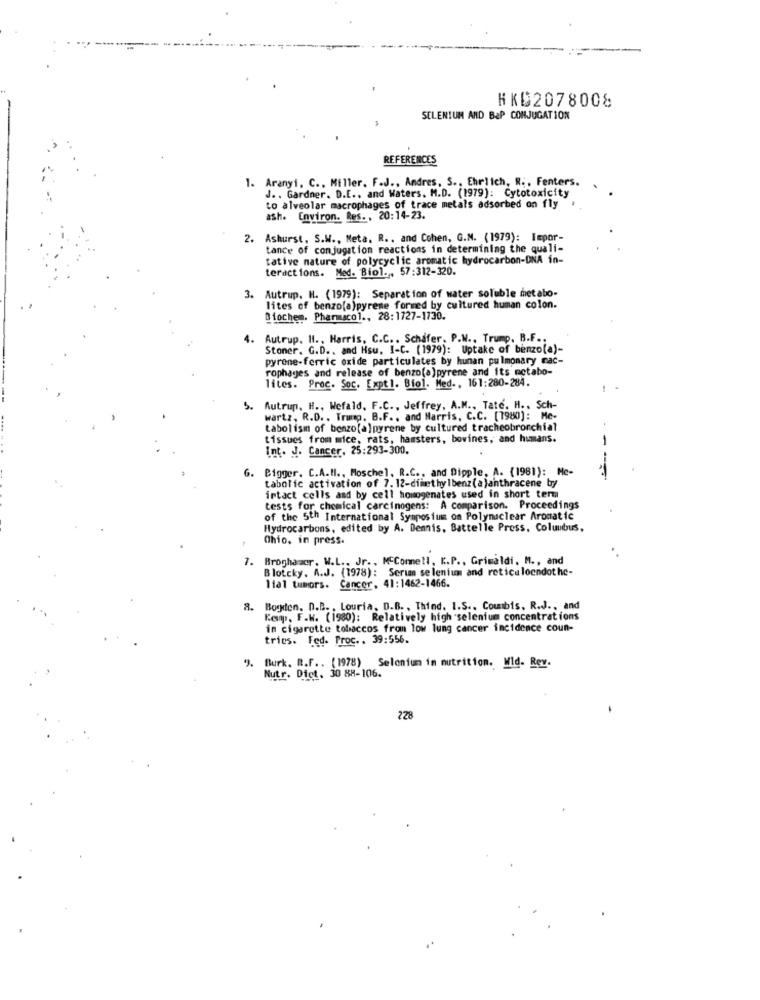
HKD2078008
SELENIUM AND BaP CONJUGATION
REFERENCES
1. Aranyi. C ., Miller. F.J ., Andres, S ., Ehrlich, R ., Fenters.
J .. Gardner. D.E ., and Waters. M.D. (1979): Cytotoxicity
to alveolar macrophages of trace metals adsorbed on fly
ash. Environ. Res. , 20:14-23.
2. Ashurst, S.W ., Meta. R .. and Cohen, G.M. (1979): Impor-
tance of conjugation reactions in determining the quali-
tative nature of polycyclic aromatic hydrocarbon-DNA in-
teractions. Med. Biol .. 57:312-320.
Autrup. H. (1979): Separation of water soluble metabo-
3.
lites of benzo(a)pyrene formed by cultured human colon.
Biochen. Pharmacol ., 28:1727-1730.
4.
Autrup. Il ., Harris, C.C ., Schafer, P.W ., Trump. B.F ..
Stoner. G.D ., and Hsu, I-C. (1979): Uptake of benzo(a)-
pyrone-ferric oxide particulates by hunan pulmonary mac-
rophages and release of benzo(a) pyrene and its metabo-
lites. Proc. Soc. Expt 1. Biol. Med. , 161:280-284.
5. Autrup, H ., Wefald, F.C ., Jeffrey, A.M ., Tate. H .. Sch-
wartz, R.D. . Trump. B.F ., and Harris, C.C. [1980): Me-
tabolism of benzo[a]pyrene by cultured tracheobronchial
tissues from mice, rats, hamsters, bovines, and humans.
Int. J. Cancer. 25:293-300.
G. Bigger. C.A.MI ., Moschel. R.C ., and Dipple, A. (1981): Me-
tabolic activation of 7. 12-dimethylbenz (a)anthracene by
--
intact cells and by cell homogenates used in short term
tests for chemical carcinogens: A comparison. Proceedings
of the 5th International Symposium on Polynuclear Aromatic
Hydrocarbons, edited by A. Dennis, Battelle Press, Columbus,
Ohio, in press.
7. Broghamcr. W.L ., Jr. , McConnell, K.P ., Grimaldi. M ., and
Blotcky, A.J. (1978): Serian selenium and reticuloendot he-
lial tumors. Cancer. 41: 1462-1466.
8. Bogden. D.B. , Louria. D.B. , Thind. I.S .. Counbis, R.J ., and
Kopp, F.W. (1980): Relatively high selenium concentrations
in cigarette tobaccos from low lung cancer incidence coun-
tries. Fed. Proc .. 39:556.
9. Burk. R.F .. (1978)
Selenium in nutrition. Wid- Rev.
Nutr. Dict. 30 8H-106.
228